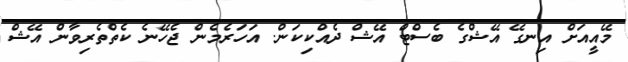
މޭއީއަށް އިނގޭ އޭޝްގެ ބެސްޓް އޭޝް ދެއްކިކަން. އަހަރެމެން ޖެހޭނެ ކެތްތެރިވާން އޭޝް